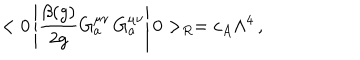
< 0 \left| \frac { \beta ( g ) } { 2 g } G _ { a } ^ { \mu \nu } \, G _ { a } ^ { \mu \nu } \right| 0 > _ { R } = c _ { A } \Lambda ^ { 4 } \, ,